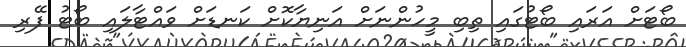
ބޯޓަށް އަރައި ބޯޓުގައި ތިބި މީހުންނަށް އަނިޔާކޮށް ކަނޑަށް ވައްޓާލައި ބޯޓު ފޭރި